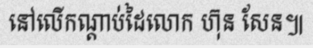
នៅលើកណ្តាប់ដៃលោក ហ៊ុន សែន៕